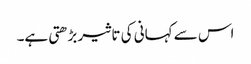
اس سے کہانی کی تاثیر بڑھتی ہے۔